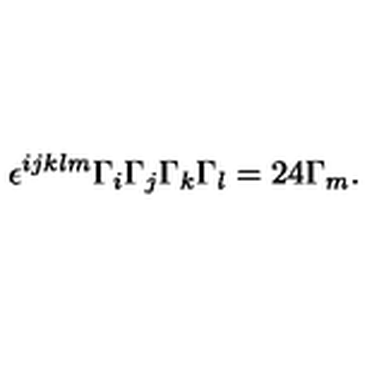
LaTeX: \epsilon ^ { i j k l m } \Gamma _ { i } \Gamma _ { j } \Gamma _ { k } \Gamma _ { l } = 2 4 \Gamma _ { m } .